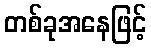
တစ်ခုအနေဖြင့်